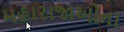
મહારાજાઓના